Report of the Indian Hemp Drugs Commission, 1894-1895 - Volume I
Year: 1894
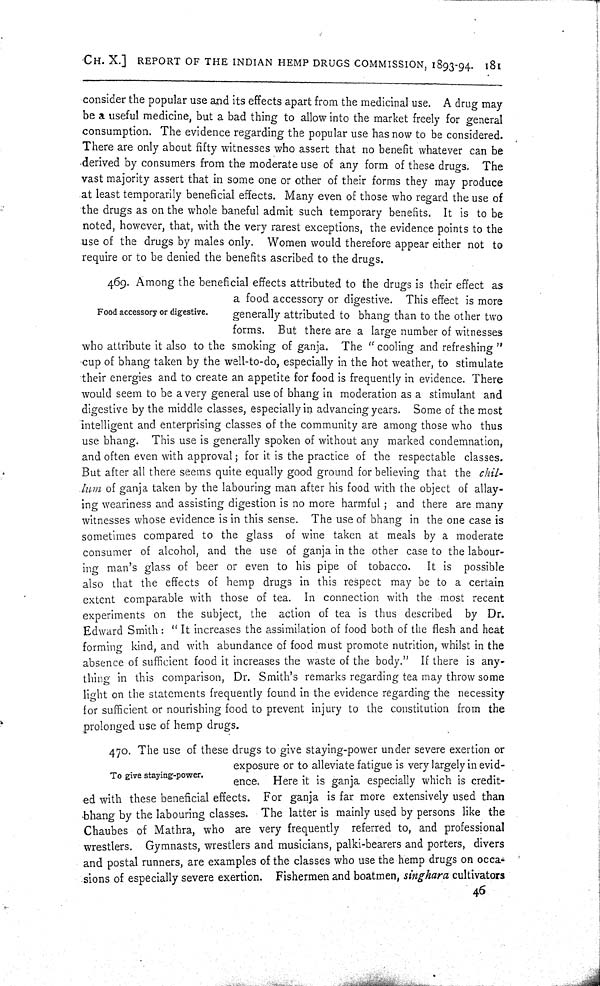
CH. X.] REPORT OF THE INDIAN HEMP DRUGS COMMISSION, 1893-94. 181
consider the popular use and its effects apart from the medicinal use. A drug may
be a useful medicine, but a bad thing to allow into the market freely for general
consumption. The evidence regarding the popular use has now to be considered.
There are only about fifty witnesses who assert that no benefit whatever can be
derived by consumers from the moderate use of any form of these drugs. The
vast majority assert that in some one or other of their forms they may produce
at least temporarily beneficial effects. Many even of those who regard the use of
the drugs as on the whole baneful admit such temporary benefits. It is to be
noted, however, that, with the very rarest exceptions, the evidence points to the
use of the drugs by males only. Women would therefore appear either not to
require or to be denied the benefits ascribed to the drugs.
Food accessory or digestive.
469. Among the beneficial effects attributed to the drugs is their effect as
a food accessory or digestive. This effect is more
generally attributed to bhang than to the other two
forms. But there are a large number of witnesses
who attribute it also to the smoking of ganja. The "cooling and refreshing"
cup of bhang taken by the well-to-do, especially in the hot weather, to stimulate
their energies and to create an appetite for food is frequently in evidence. There
would seem to be a very general use of bhang in moderation as a stimulant and
digestive by the middle classes, especially in advancing years. Some of the most
intelligent and enterprising classes of the community are among those who thus
use bhang. This use is generally spoken of without any marked condemnation,
and often even with approval; for it is the practice of the respectable classes.
But after all there seems quite equally good ground for believing that the chil-
lum of ganja taken by the labouring man after his food with the object of allay-
ing weariness and assisting digestion is no more harmful; and there are many
witnesses whose evidence is in this sense. The use of bhang in the one case is
sometimes compared to the glass of wine taken at meals by a moderate
consumer of alcohol, and the use of ganja in the other case to the labour-
ing man's glass of beer or even to his pipe of tobacco. It is possible
also that the effects of hemp drugs in this respect may be to a certain
extent comparable with those of tea. In connection with the most recent
experiments on the subject, the action of tea is thus described by Dr.
Edward Smith: "It increases the assimilation of food both of the flesh and heat
forming kind, and with abundance of food must promote nutrition, whilst in the
absence of sufficient food it increases the waste of the body." If there is any-
thing in this comparison, Dr. Smith's remarks regarding tea may throw some
light on the statements frequently found in the evidence regarding the necessity
for sufficient or nourishing food to prevent injury to the constitution from the
prolonged use of hemp drugs.
To give staying-power.
470. The use of these drugs to give staying-power under severe exertion or
exposure or to alleviate fatigue is very largely in evid-
ence. Here it is ganja especially which is credit-
ed with these beneficial effects. For ganja is far more extensively used than
bhang by the labouring classes. The latter is mainly used by persons like the
Chaubes of Mathra, who are very frequently referred to, and professional
wrestlers. Gymnasts, wrestlers and musicians, palki-bearers and porters, divers
and postal runners, are examples of the classes who use the hemp drugs on occa-
sions of especially severe exertion. Fishermen and boatmen, singhara cultivators
46